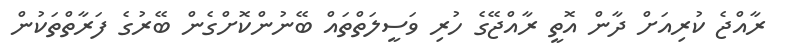
ރާއްޖެ ކުރިއަށް ދާން އޮތީ ރާއްޖޭގެ ހުރި ވަސީލަތްތައް ބޭނުންކޮށްގެން ބޭރުގެ ފަރާތްތަކުން